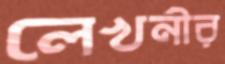
লেখনীর